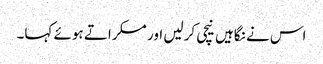
اس نے نگاہیں نیچی کرلیں اور مسکراتے ہوئے کہا۔